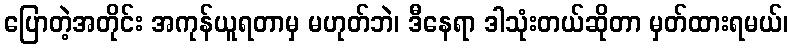
ပြောတဲ့အတိုင်း အကုန်ယူရတာမှ မဟုတ်ဘဲ၊ ဒီနေရာ ဒါသုံးတယ်ဆိုတာ မှတ်ထားရမယ်၊